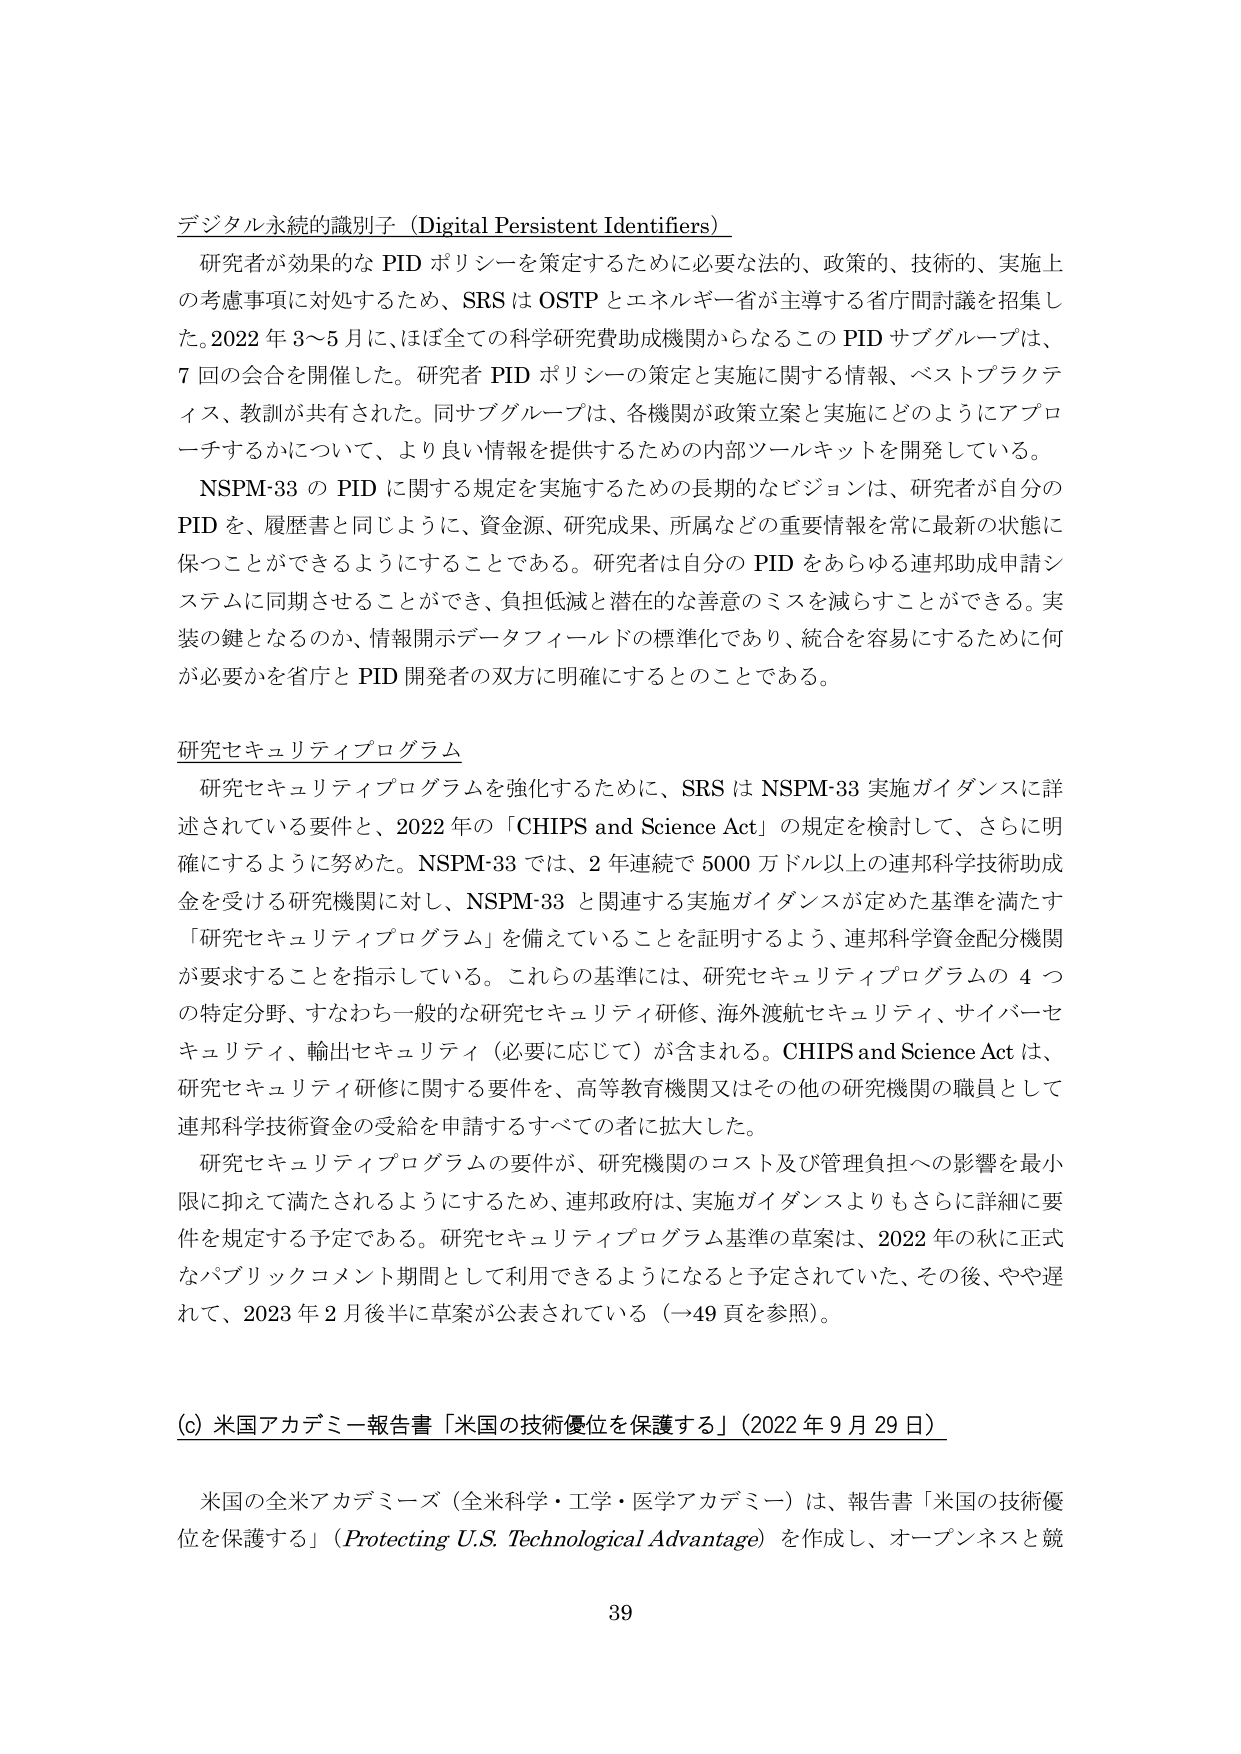
デジタル永続的識別子 (Digital Persistent Identifiers)

研究者が効果的な PID ポリシーを策定するために必要な法的、政策的、技術的、実施上の考慮事項に対処するため、SRS は OSTP とエネルギー省が主導する省庁間討議を招集した。2022 年 3～5 月に、ほぼ全ての科学研究費助成機関からなるこの PID サブグループは、7 回の会合を開催した。研究者 PID ポリシーの策定と実施に関する情報、ベストプラクティス、教訓が共有された。同サブグループは、各機関が政策立案と実施にどのようにアプローチするかについて、より良い情報を提供するための内部ツールキットを開発している。

NSPM-33 の PID に関する規定を実施するための長期的なビジョンは、研究者が自分の PID を、履歴書と同じように、資金源、研究成果、所属などの重要情報を常に最新の状態に保つことができるようにすることである。研究者は自分の PID をあらゆる連邦助成申請システムに同期させることができ、負担低減と潜在的な善意のミスを減らすことができる。実装の鍵となるのか、情報開示データフィールドの標準化であり、統合を容易にするために何が必要かを省庁と PID 開発者の双方に明確にすることである。

研究セキュリティプログラム

研究セキュリティプログラムを強化するために、SRS は NSPM-33 実施ガイダンスに詳述されている要件と、2022 年の「CHIPS and Science Act」の規定を検討して、さらに明確にするように努めた。NSPM-33 では、2 年連続で 5000 万ドル以上の連邦科学技術助成金を受ける研究機関に対し、NSPM-33 と関連する実施ガイダンスが定めた基準を満たす「研究セキュリティプログラム」を備えていることを証明するよう、連邦科学資金配分機関が要求することを指示している。これらの基準には、研究セキュリティプログラムの 4 つの特定分野、すなわち一般的な研究セキュリティ研修、海外渡航セキュリティ、サイバーセキュリティ、輸出セキュリティ（必要に応じて）が含まれる。CHIPS and Science Act は、研究セキュリティ研修に関する要件を、高等教育機関又はその他の研究機関の職員として連邦科学技術資金の受給を申請するすべての者に拡大した。

研究セキュリティプログラムの要件が、研究機関のコスト及び管理負担への影響を最小限に抑えて満たされるようにするため、連邦政府は、実施ガイダンスよりもさらに詳細に要件を規定する予定である。研究セキュリティプログラム基準の草案は、2022 年の秋に正式なパブリックコメント期間として利用できるようになるよう予定されていた、その後、やや遅れて、2023 年 2 月後半に草案が公表されている（→49 頁を参照）。

(c) 米国アカデミー報告書「米国の技術優位を保護する」（2022 年 9 月 29 日）

米国の全米アカデミーズ（全米科学・工学・医学アカデミー）は、報告書「米国の技術優位を保護する」（Protecting U.S. Technological Advantage）を作成し、オープンネスと競

39